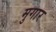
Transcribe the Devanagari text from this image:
मुगार